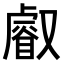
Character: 𠮉